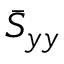
\bar { S } _ { y y }